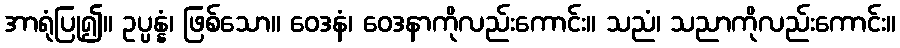
အာရုံပြု၍။ ဥပ္ပန္နံ၊ ဖြစ်သော။ ဝေဒနံ၊ ဝေဒနာကိုလည်းကောင်း။ သညံ၊ သညာကိုလည်းကောင်း။